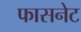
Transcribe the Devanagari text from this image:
फासनेट